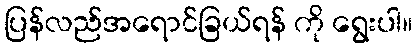
ပြန်လည်အရောင်ခြယ်ရန် ကို ရွေးပါ။